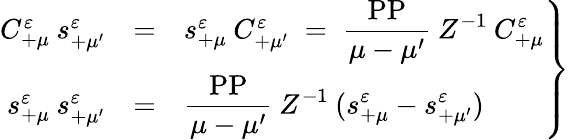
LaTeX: \left.\begin{array}{rcl}{{C_{+\mu}^{\varepsilon}\: s_{+\mu^{\prime}}^{\varepsilon}}}&{{=}}&{{s_{+\mu}^{\varepsilon}\: C_{+\mu^{\prime}}^{\varepsilon}\; =\; \displaystyle\frac{\mathrm{PP}}{\mu-\mu^{\prime}}\: Z^{-1}\: C_{+\mu}^{\varepsilon}}}\\ {{s_{+\mu}^{\varepsilon}\: s_{+\mu^{\prime}}^{\varepsilon}}}&{{=}}&{{\displaystyle\frac{\mathrm{PP}}{\mu-\mu^{\prime}}\: Z^{-1}\: (s_{+\mu}^{\varepsilon}-s_{+\mu^{\prime}}^{\varepsilon})}}\end{array}\right\}